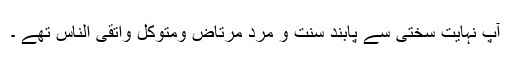
آپ نہایت سختی سے پابند سنت و مرد مرتاض ومتوکل واتقی الناس تھے ۔